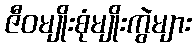
ဇီဝမျိုးစုံမျိုးကွဲများ